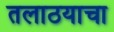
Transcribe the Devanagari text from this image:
तलाठयाचा